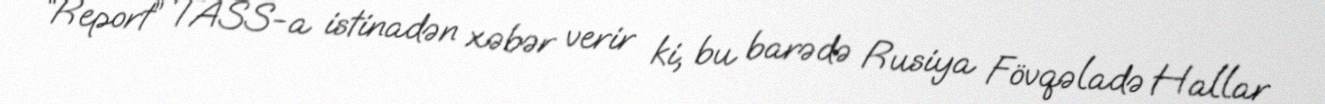
“Report” TASS-a istinadən xəbər verir ki, bu barədə Rusiya Fövqəladə Hallar